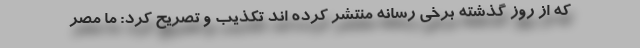
که از روز گذشته برخی رسانه منتشر کرده اند تکذیب و تصریح کرد: ما مصر